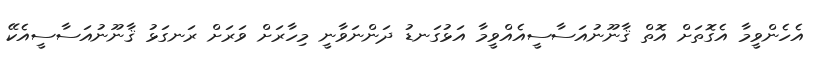
އެހެންވީމާ އެގޮތަށް އޮތް ޤާނޫނުއަސާސީއެއްވީމާ އަޅުގަނޑު ދަންނަވާނީ މިހާރަށް ވަރަށް ރަނގަޅު ޤާނޫނުއަސާސީއެކޭ